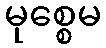
မုစ္စေမ